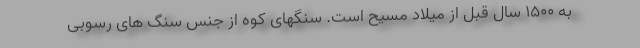
به ۱۵۰۰ سال قبل از میلاد مسیح است. سنگهای کوه از جنس سنگ های رسوبی